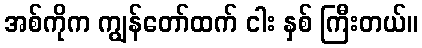
အစ်ကိုက ကျွန်တော်ထက် ငါး နှစ် ကြီးတယ်။